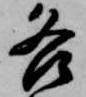
各